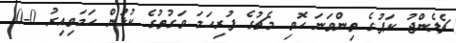
ޗެލެންޖު ކަޕުގެ ތިންވަނަ ހޮވި މެޗުގެ ފުރިހަމަ ވަގުތުގެ ކުޅުން ހަމަވިއިރު 0-0